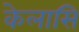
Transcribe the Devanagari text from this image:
केलासि